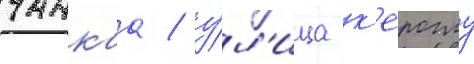
чанкаа / у́л'ица к'ероглу